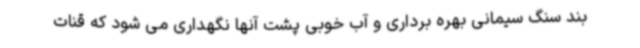
بند سنگ سیمانی بهره برداری و آب خوبی پشت آنها نگهداری می شود که قنات